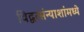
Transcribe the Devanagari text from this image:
विद्वत्संन्याशांमध्ये